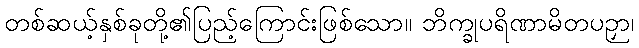
တစ်ဆယ့်နှစ်ခုတို့၏ပြည့်ကြောင်းဖြစ်သော။ ဘိက္ခုပရိဏာမိတပဉှာ၊